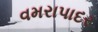
વમરાપાદર